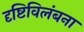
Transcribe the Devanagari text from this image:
दृष्टिविलंबना